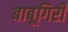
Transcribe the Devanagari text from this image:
बाबूगिरी